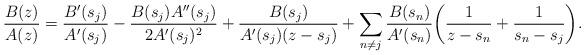
LaTeX: \begin{align*}\frac{B(z)}{A(z)} = \frac{B'(s_j)}{A'(s_j)}- \frac{B(s_j)A''(s_j)}{2A'(s_j)^2} + \frac{B(s_j)}{A'(s_j)(z-s_j)} + \sum_{n\neq j} \frac{B(s_n)}{A'(s_n)}\bigg( \frac{1}{z-s_n} + \frac{1}{s_n-s_j} \bigg).\end{align*}